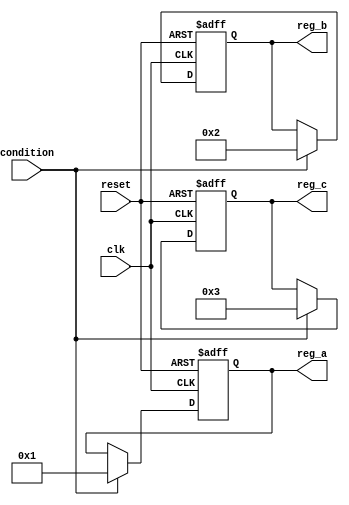
module conditional_initialization (
    input wire clk,          // Clock signal
    input wire reset,        // Reset signal
    input wire condition,    // Condition signal for initialization
    output reg [7:0] reg_a,  // Register A
    output reg [7:0] reg_b,  // Register B
    output reg [7:0] reg_c   // Register C
);

// Initial block for simulation purposes
initial begin
    reg_a = 8'h00; // Default initialization
    reg_b = 8'h00; // Default initialization
    reg_c = 8'h00; // Default initialization
end

// Always block for conditional initialization
always @(posedge clk or posedge reset) begin
    if (reset) begin
        // Reset condition: initialize registers to predefined values
        reg_a <= 8'hFF; // Set reg_a to 255 on reset
        reg_b <= 8'hAA; // Set reg_b to 170 on reset
        reg_c <= 8'h55; // Set reg_c to 85 on reset
    end else if (condition) begin
        // Conditional initialization based on the condition signal
        reg_a <= 8'h01; // Set reg_a to 1 if condition is met
        reg_b <= 8'h02; // Set reg_b to 2 if condition is met
        reg_c <= 8'h03; // Set reg_c to 3 if condition is met
    end
end

endmodule